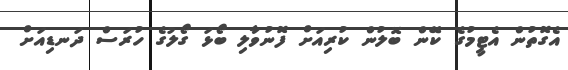
އެގޮތުން އެޓީމުގެ ކޭން ބޮލުން ކުރިއަށް ފޮނުވާލި ބޯޅަ ގޯލުގެ ހުރަސް ދަނޑިއަށް